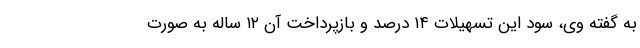
به گفته وی، سود این تسهیلات ۱۴ درصد و بازپرداخت آن ۱۲ ساله به صورت